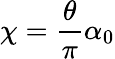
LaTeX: \chi=\frac{\theta}{\pi}\alpha_{0}